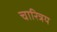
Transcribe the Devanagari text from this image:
चारित्रय